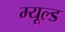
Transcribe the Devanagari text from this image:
म्यूल्ड